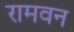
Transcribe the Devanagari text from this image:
रामवन